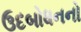
ઉદબોધનનો